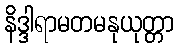
နိဒ္ဒါရာမတမနုယုတ္တာ